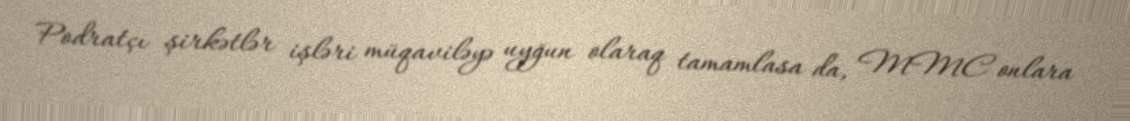
Podratçı şirkətlər işləri müqaviləyə uyğun olaraq tamamlasa da, MMC onlara